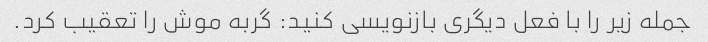
جمله زیر را با فعل دیگری بازنویسی کنید: گربه موش را تعقیب کرد.